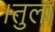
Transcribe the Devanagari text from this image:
।तुला